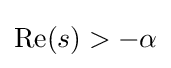
\operatorname {Re} (s)>-\alpha